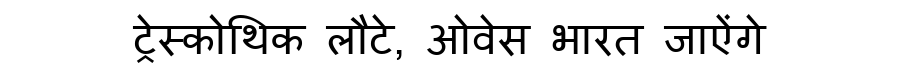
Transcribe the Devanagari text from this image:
ट्रेस्कोथिक लौटे, ओवेस भारत जाऐंगे